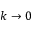
k \rightarrow 0